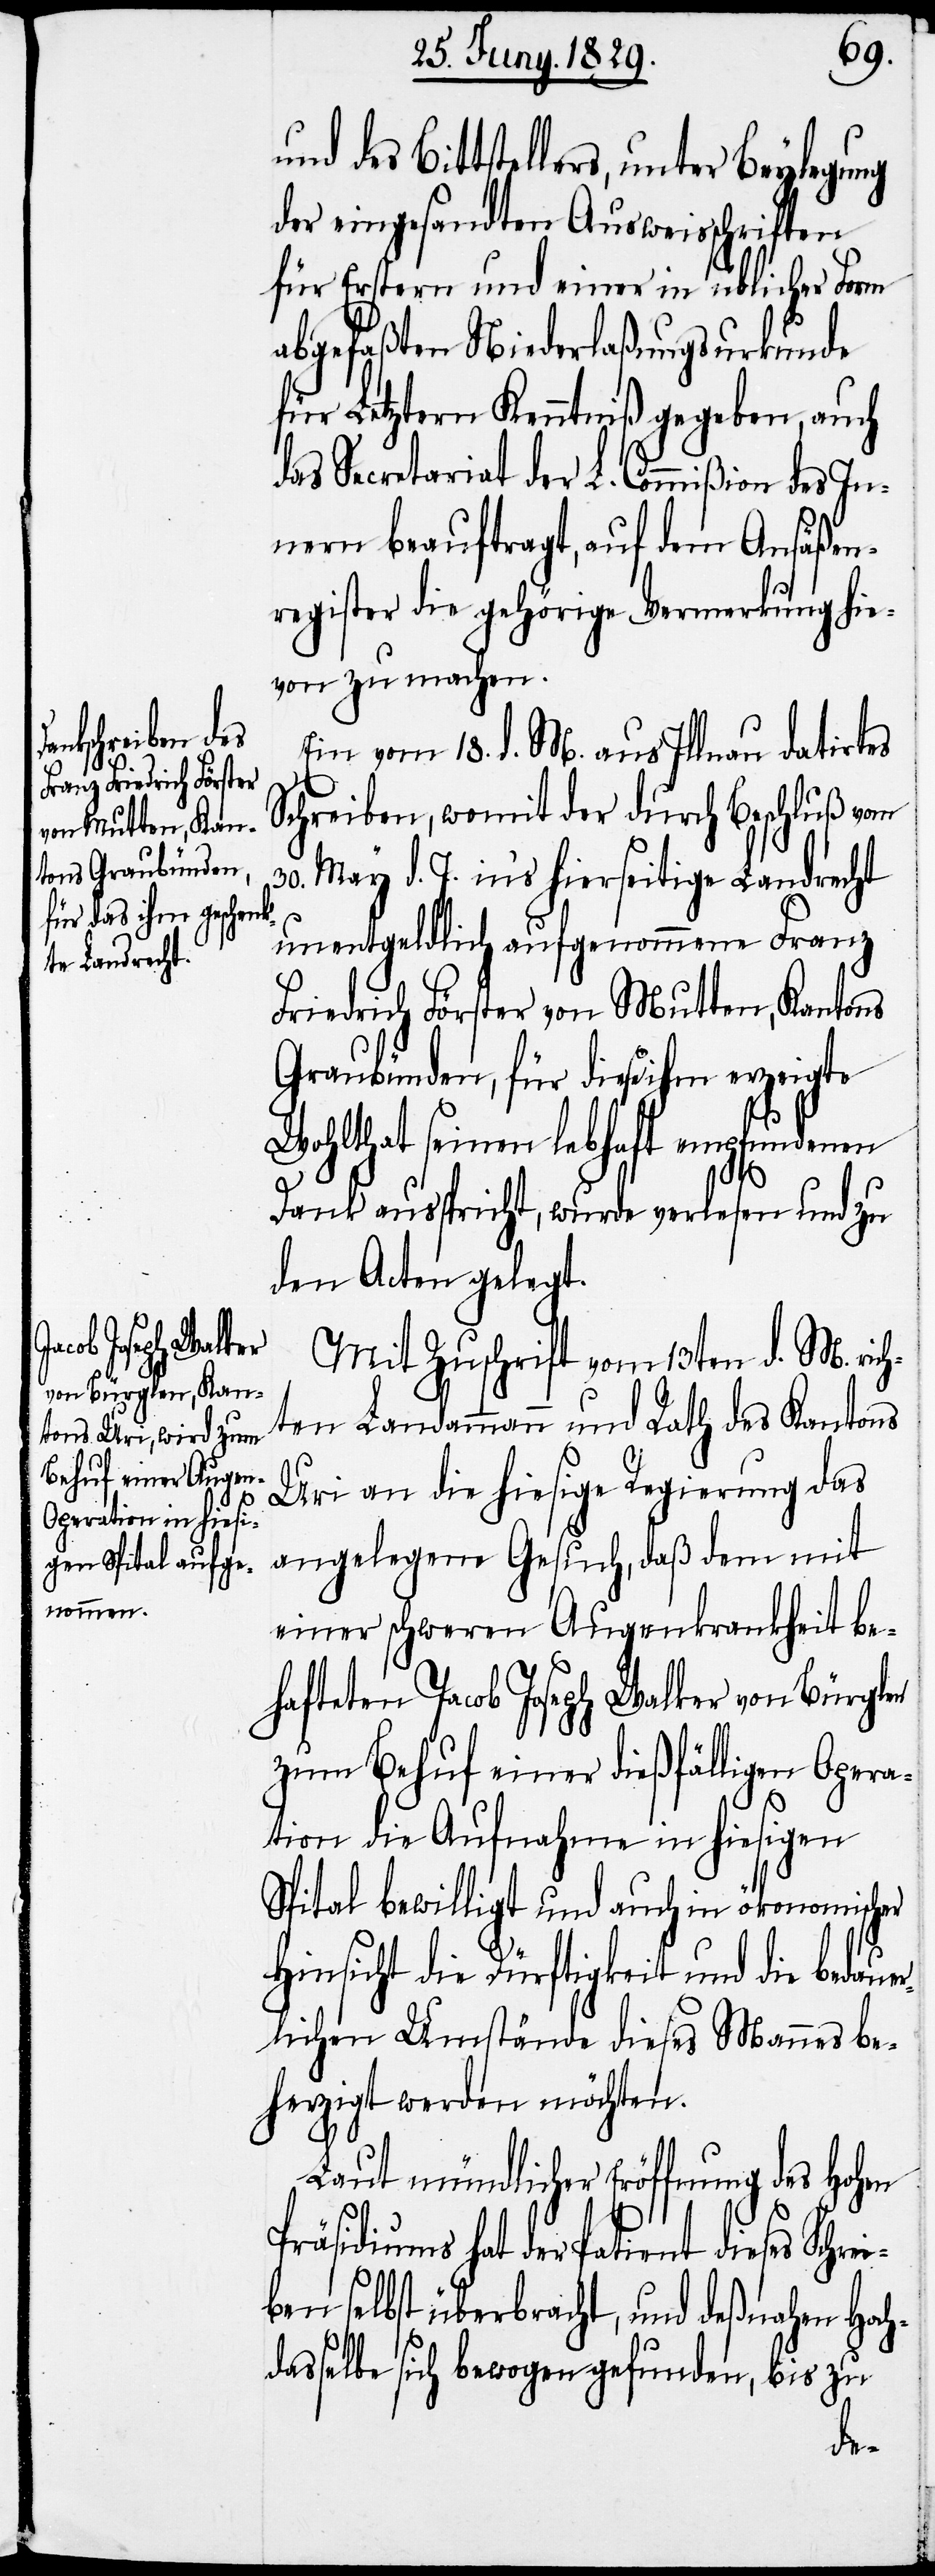
und des Bittstellers, unter Beylegung
der eingesandten Ausweisschriften
für Erstern und einer in üblicher Form
abgefaßten Niederlaßungsurkunde
für Letzern Kenntniß gegeben, auch
des Secretariat der L. Commißion des In¬
nern beauftragt, auf dem Ansäßen¬
register die gehörige Vermerkung hie¬
von zu machen.
Ein vom 18. d. M. aus Illnau datirtes
Schreiben, womit der durch Beschluß vom
30. May d. J. in’s hierseitige Landrecht
unentgeldlich aufgenommene Franz
Friedrich Förster von Mutten, Kantons
Graubünden, für diese ihm erzeigte
Wohlthat seinen lebhaft empfundenen
Dank ausspricht, wurde verslesen und zu
den Acten gelegt.
Mit Zuschrift vom 13ten d. M. rich¬
ten Landammann und Rath des Kantons
Uri an die hiesige Regierung das
angelegene Gesuch, daß dem mit
einer schweren Augenkrankheit be¬
hafteten Jacob Joseph Walker von Bürglen
zum Behuf einer dießfälligen Opera¬
tion die Aufnahme in hiesigen
Spital bewilligt und auch in ökonomischer
Hinsicht die Dürftigkeit und die bedauer¬
lichen Umstände dieses Mannes be¬
herzigt werden möchten.
Laut mündlicher Eröffnung des Hohen
Präsidiums hat der Patient dieses Schre¬
iben selbst überbracht, und deßnahen Hoch¬
dasselbe sich bewogen gefunden, bis zu